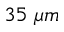
3 5 \; \mu m